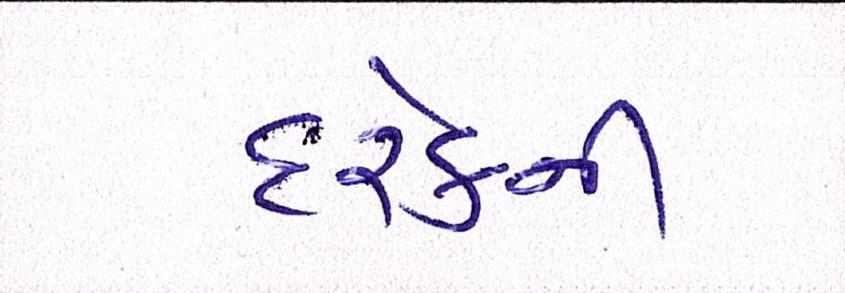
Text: દરેકની